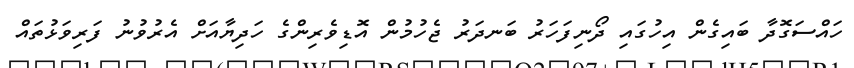
ހައްސަގޮދާ ބައިގެން އިހުގައި ދޯނިފަހަރު ބަނދަރު ޖެހުމުން އޮޑިވެރިންގެ ހަދިޔާއަށް އެރުވުނު ފަރިވަޅުތައް